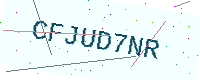
Text: CFJUD7NR